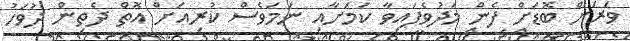
ވަރަށް ބޮޑަށް ފެން މަދުވެފައިވާ ކަމަށާއި ނަމަވެސް ކުރިއަށް އޮތް ދެތިން ދުވަހު